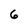
Character: 6